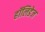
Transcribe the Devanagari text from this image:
हॉलिडेज